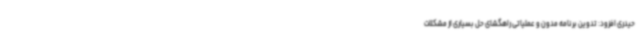
حیدری افزود: تدوین برنامه مدون و عملیاتی راهگشای حل بسیاری از مشکلات